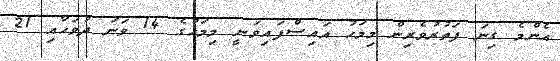
އެންމެ ގިނަ ފަތުރުވެރިން މިމަހު އައިސްފައިވަނީ މިމަހުގެ 14 ވަނަ ދުވަހާއި 21